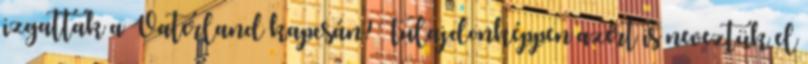
izgattak a Vaterland kapcsán? Tulajdonképpen azért is neveztük el